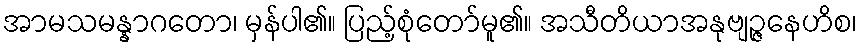
အာမသမန္နာဂတော၊ မှန်ပါ၏။ ပြည့်စုံတော်မူ၏။ အသီတိယာအနုဗျဉ္ဇနေဟိစ၊